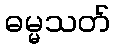
ဓမ္မသတ်